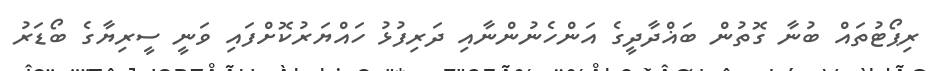
ރިޕޯޓުތައް ބުނާ ގޮތުން ބަޣްދާދީގެ އަންހެނުންނާއި ދަރިފުޅު ހައްޔަރުކޮށްފައި ވަނީ ސީރިޔާގެ ބޯޑަރު